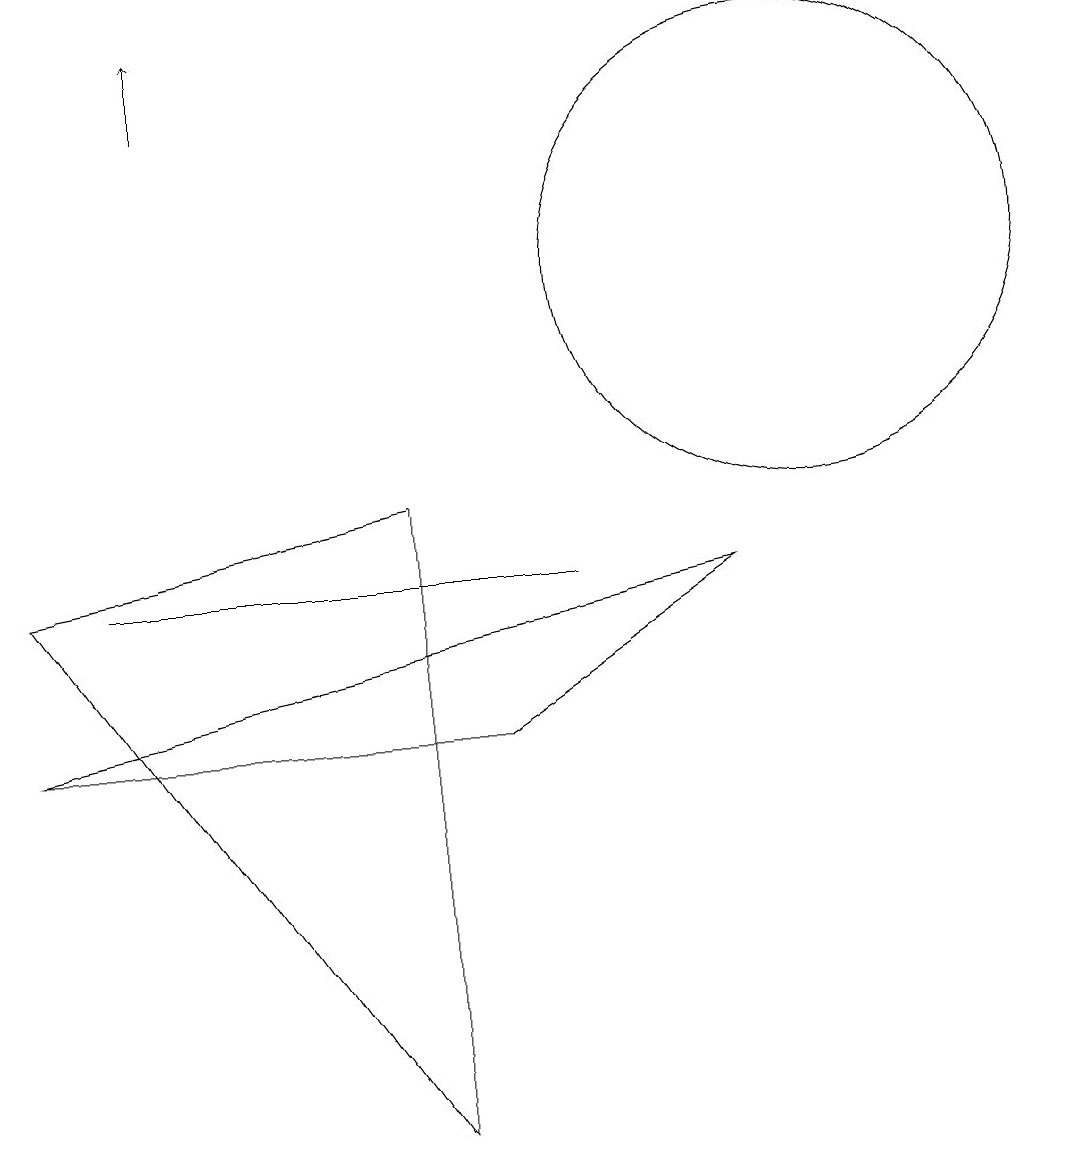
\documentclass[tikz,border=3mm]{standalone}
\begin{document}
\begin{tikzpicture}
\draw (10,11) circle (3);
\draw[->] (2,13) -- (2,14);
\draw (5,0) -- (5,8) -- (0,7) -- cycle;
\draw (9,7) -- (6,5) -- (0,5) -- cycle;
\draw (7,7) -- (1,7) -- (4,7) -- cycle;
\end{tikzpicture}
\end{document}